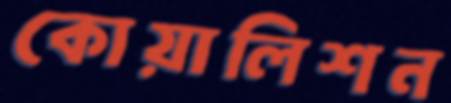
কোয়ালিশন